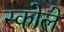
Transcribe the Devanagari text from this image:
स्कोले